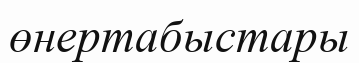
өнертабыстары